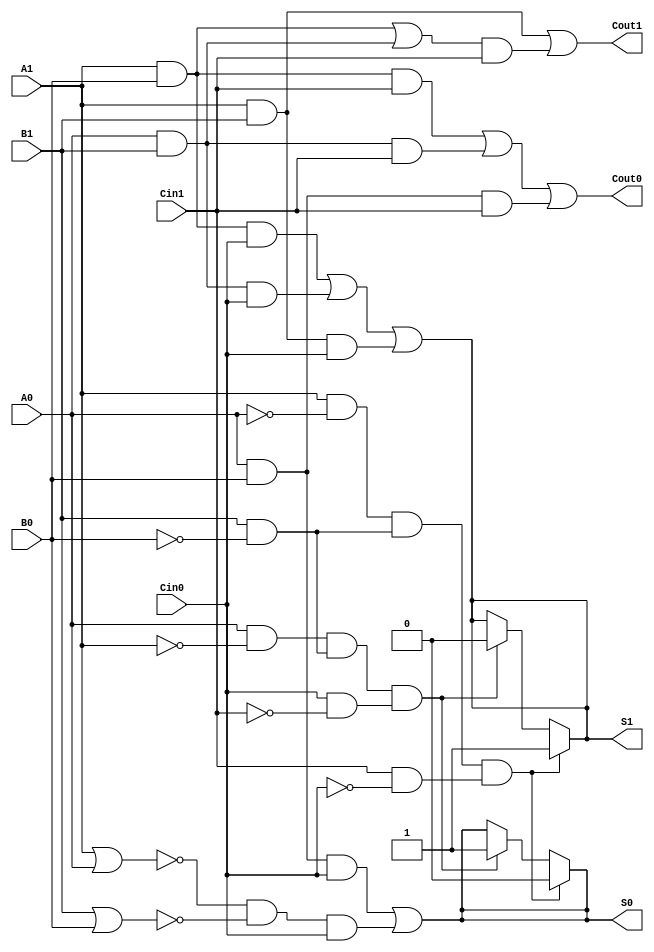
module dual_rail_full_adder (
    input wire A1, A0,  // Dual-rail input A
    input wire B1, B0,  // Dual-rail input B
    input wire Cin1, Cin0, // Dual-rail carry input Cin
    output wire S1, S0,   // Dual-rail sum output S
    output wire Cout1, Cout0 // Dual-rail carry output Cout
);

// Intermediate signals for the logic
wire AB_and = A1 & B1;                   // A AND B
wire A_xor_B = (A1 & B0) | (A0 & B1);    // A XOR B
wire A_xor_B_and_Cin1 = A_xor_B & Cin1; // (A XOR B) AND Cin1

// Sum output logic
assign S1 = (A1 & B0 & Cin0) | (A0 & B1 & Cin0) | (A1 & B1 & Cin0); // Case where S = 1
assign S0 = (A0 & B0 & Cin0) | (~(A1 | A0) & ~(B1 | B0) & Cin0);    // Case where S = 0 

// Carry output logic
assign Cout1 = AB_and | A_xor_B_and_Cin1; // Cout generation
assign Cout0 = (A1 & B0 & Cin1) | (A0 & B1 & Cin1) | (A0 & B0 & Cin1); // Condition for Cout = 0

// Fault tolerance checks (Invalid states)
assign S1 = (A1 & ~A0) & (B1 & ~B0) & (Cin1 & ~Cin0) ? 1'b1 : (A0 & ~A1) & (B1 & ~B0) & (Cin0 & ~Cin1) ? 1'b0 : S1;
assign S0 = (A1 & ~A0) & (B1 & ~B0) & (Cin1 & ~Cin0) ? 1'b0 : (A0 & ~A1) & (B1 & ~B0) & (Cin0 & ~Cin1) ? 1'b1 : S0;

endmodule